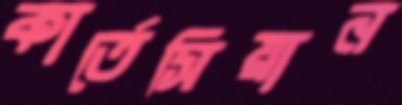
কার্তেসিয়ান